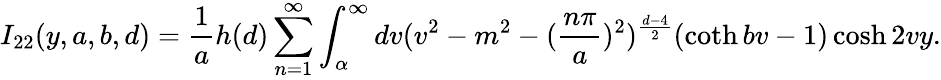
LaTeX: I_{22}(y,a,b,d)=\frac{1}{a}h(d)\sum_{n=1}^{\infty}\int_{\alpha}^{\infty}dv(v^{2}-m^{2}-(\frac{n\pi}{a})^{2})^{\frac{d-4}{2}}(\coth bv-1)\cosh 2vy.